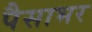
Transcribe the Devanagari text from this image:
पैसाभर